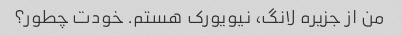
من از جزیره لانگ، نیویورک هستم. خودت چطور؟